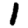
Digit: 1